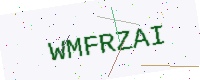
Text: WMFRZAI